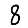
Digit: 8